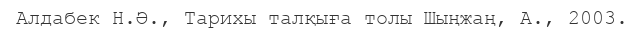
Алдабек Н.Ә., Тарихы талқыға толы Шыңжаң, А., 2003.